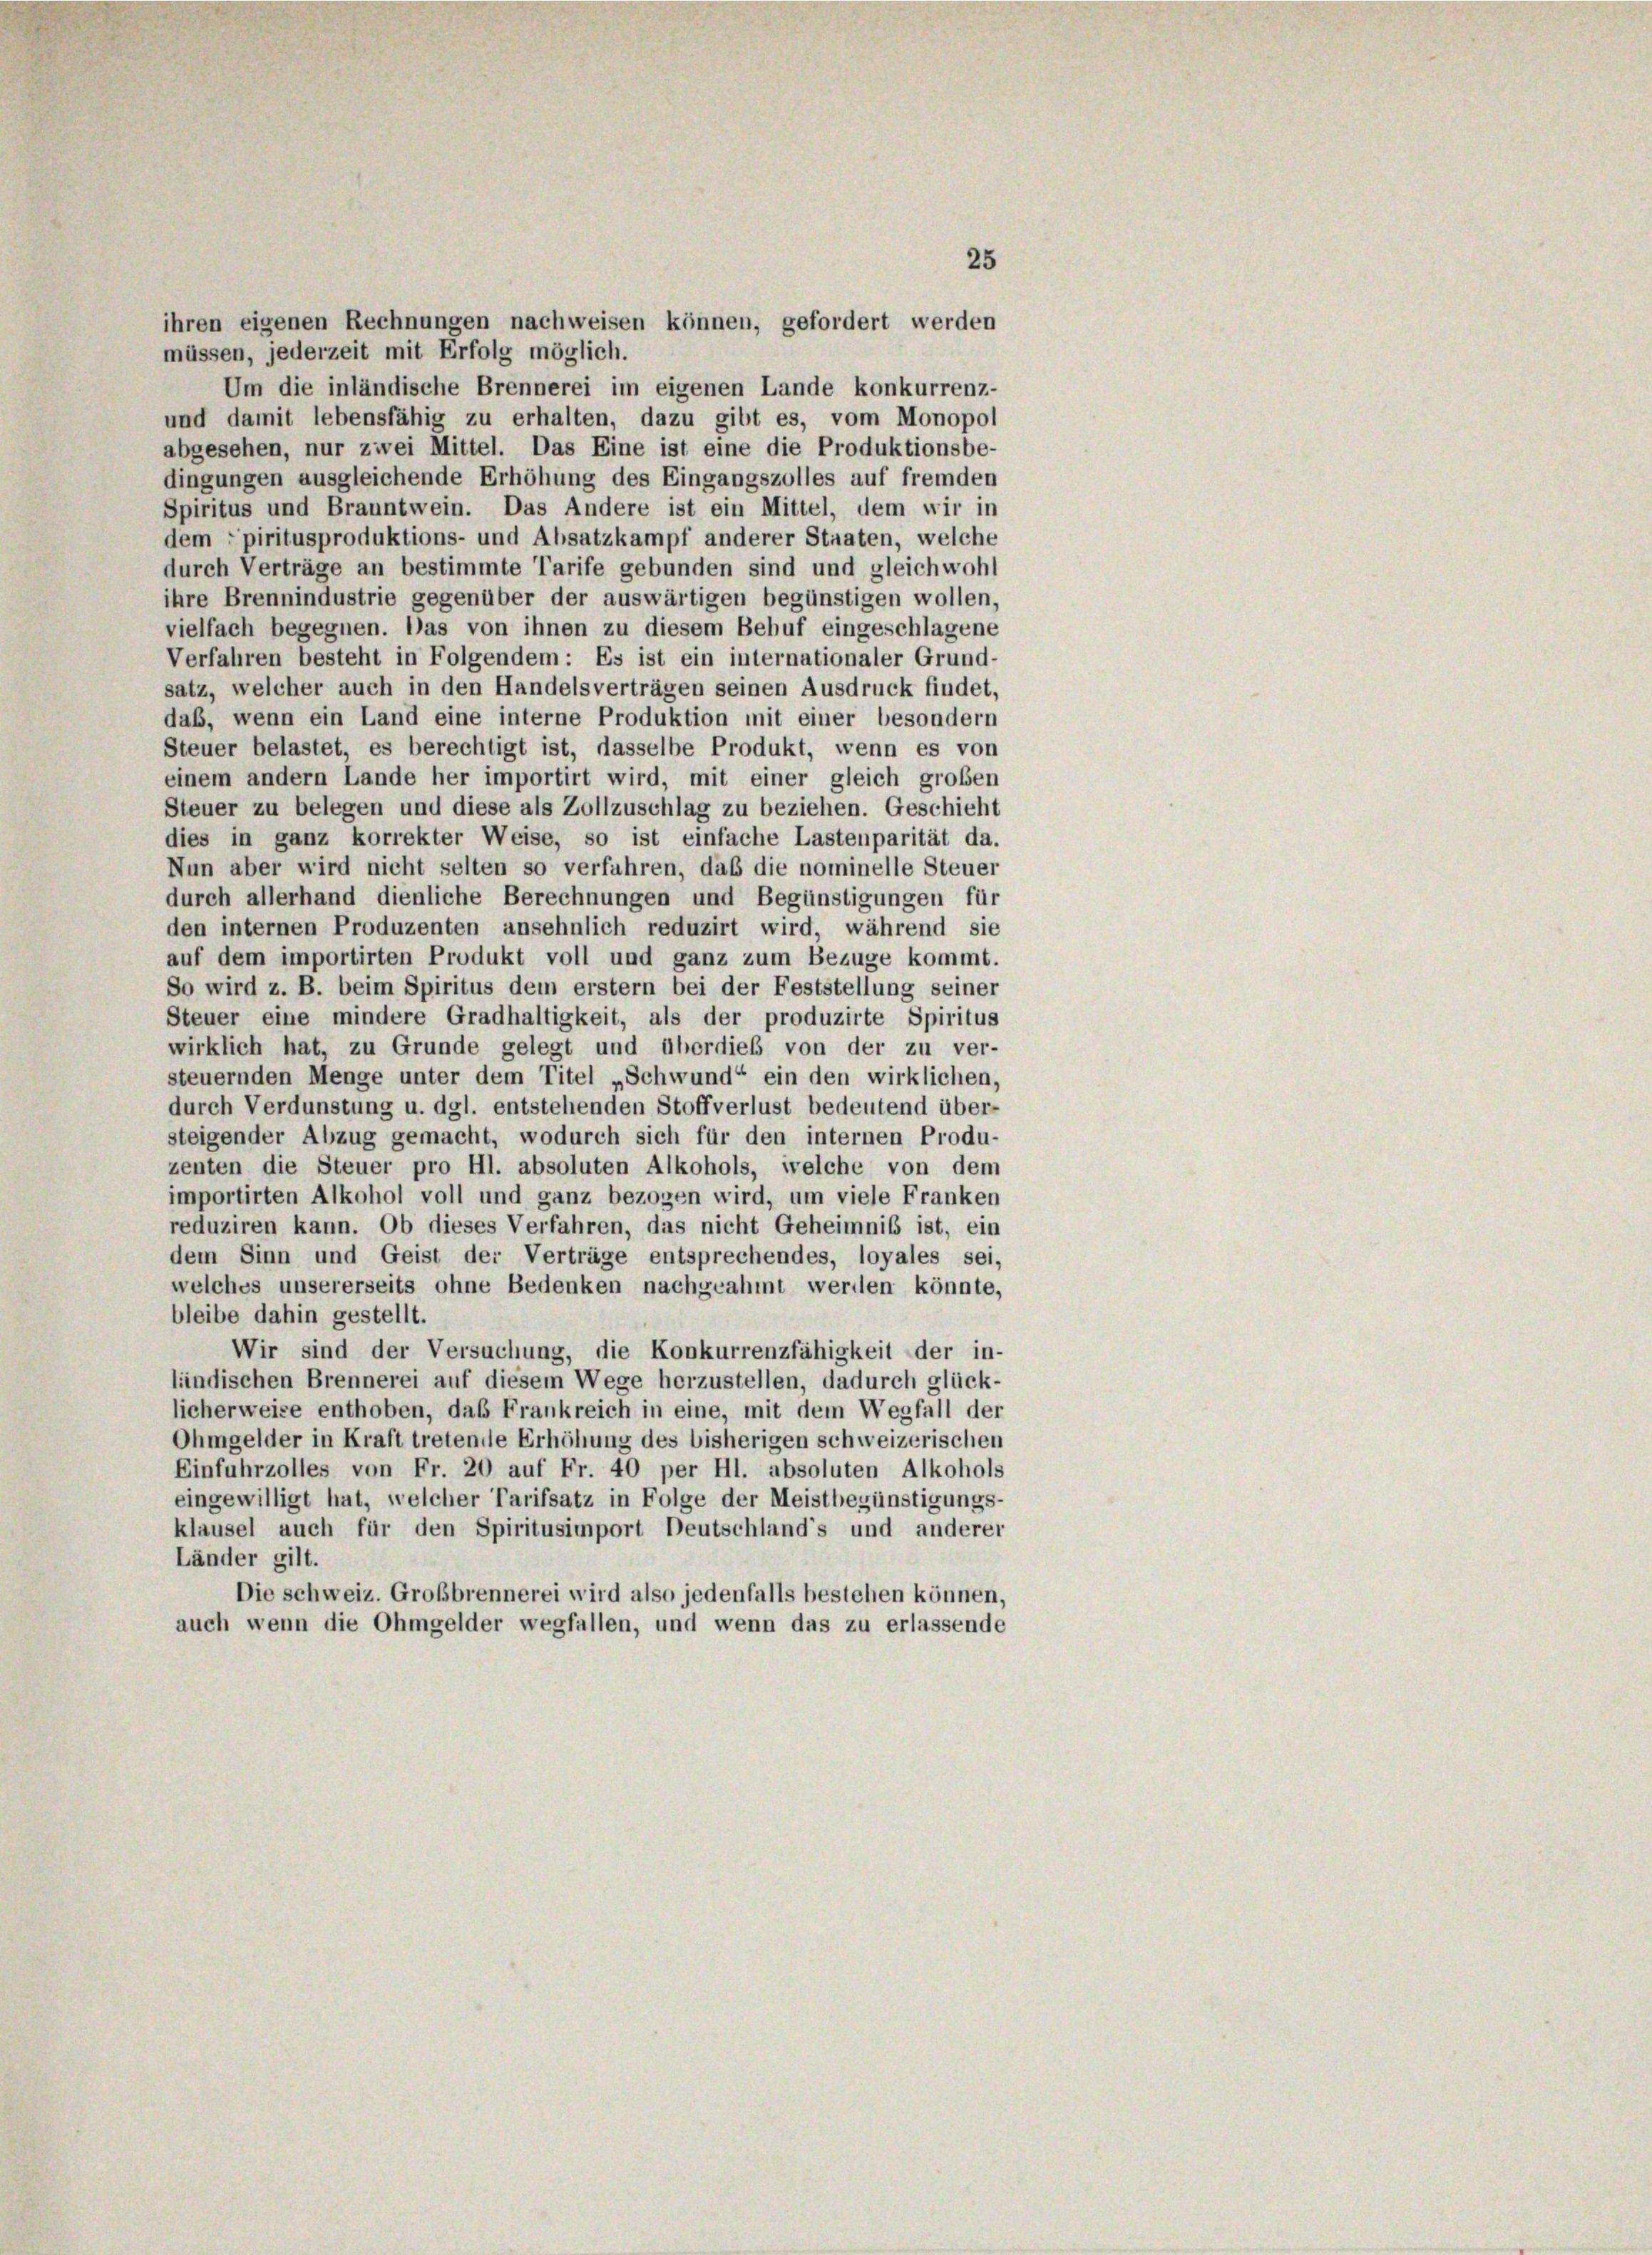
ihren eigenen Rechnungen nachweisen können, gefordert werden
müssen, jederzeit mit Erfolg möglich.
Um die inländische Brennerei im eigenen Lande konkurrenz-
und damit lebensfähig zu erhalten, dazu gibt es, vom Monopol
abgesehen, nur zwei Mittel. Das Eine ist eine die Produktionsbe-
dingungen ausgleichende Erhöhung des Eingangszolles auf fremden
Spiritus und Branntwein. Das Andere ist ein Mittel, dem wir in
dem "piritusproduktions- und Absatzkampf anderer Staaten, welche
durch Verträge an bestimmte Tarife gebunden sind und gleichwohl
ihre Brennindustrie gegenüber der auswärtigen begünstigen wollen,
vielfach begegnen. Das von ihnen zu diesem Behuf eingeschlagene
Verfahren besteht in Folgendem: Es ist ein internationaler Grund-
satz, welcher auch in den Handelsverträgen seinen Ausdruck findet,
daß, wenn ein Land eine interne Produktion mit einer besondern
Steuer belastet, es berechtigt ist, dasselbe Produkt, wenn es von
einem andern Lande her importirt wird, mit einer gleich großen
Steuer zu belegen und diese als Zollzuschlag zu beziehen. Geschieht
dies in ganz korrekter Weise, so ist einfache Lastenparität da.
Nun aber wird nicht selten so verfahren, daß die nominelle Steuer
durch allerhand dienliche Berechnungen und Begünstigungen für
den internen Produzenten ansehnlich reduzirt wird, während sie
auf dem importirten Produkt voll und ganz zum Bezuge kommt.
So wird z. B. beim Spiritus dem erstem bei der Feststellung seiner
Steuer eine mindere Gradhaltigkeit, als der produzirte Spiritus
wirklich hat, zu Grunde gelegt und überdies von der zu ver-
steuernden Menge unter dem Titel „Schwund“ ein den wirklichen,
durch Verdunstung u. dgl. entstehenden Stoff verlust bedeutend über-
steigender Abzug gemacht, wodurch sich für den internen Produ-
zenten die Steuer pro Hl. absoluten Alkohols, welche von dem
importirten Alkohol voll und ganz bezogen wird, um viele Franken
reduziren kann. Ob dieses Verfahren, das nicht Geheimnis ist, ein
dem Sinn und Geist der Verträge entsprechendes, loyales sei,
welches unsererseits ohne Bedenken nachgeahmt werden könnte,
bleibe dahin gestellt.
Wir sind der Versuchung, die Konkurrenzfähigkeit der in-
lindischen Brennerei auf diesem Wege herzustellen, dadurch glück-
licherweise enthoben, daß Frankreich in eine, mit dem Wegfall der
Ohmgelder in Kraft tretende Erhöhung des bisherigen schweizerischen
Einfuhrzolles von Fr. 20 auf Fr. 40 per Hl. absoluten Alkohols
eingewilligt hat, welcher Tarifsatz in Folge der Meistbegünstigungs-
klausel auch für den Spiritusimport Deutschland's und anderer
Länder gilt.
Die schweiz. Großbrennerei wird also jedenfalls bestehen können,
auch wenn die Ohmgelder wegfallen, und wenn das zu erlassende

25